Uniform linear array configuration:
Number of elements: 24
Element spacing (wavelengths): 0.25
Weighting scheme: blackman
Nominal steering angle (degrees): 15
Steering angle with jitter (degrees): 16.744
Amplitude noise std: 0.05
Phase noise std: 0.05

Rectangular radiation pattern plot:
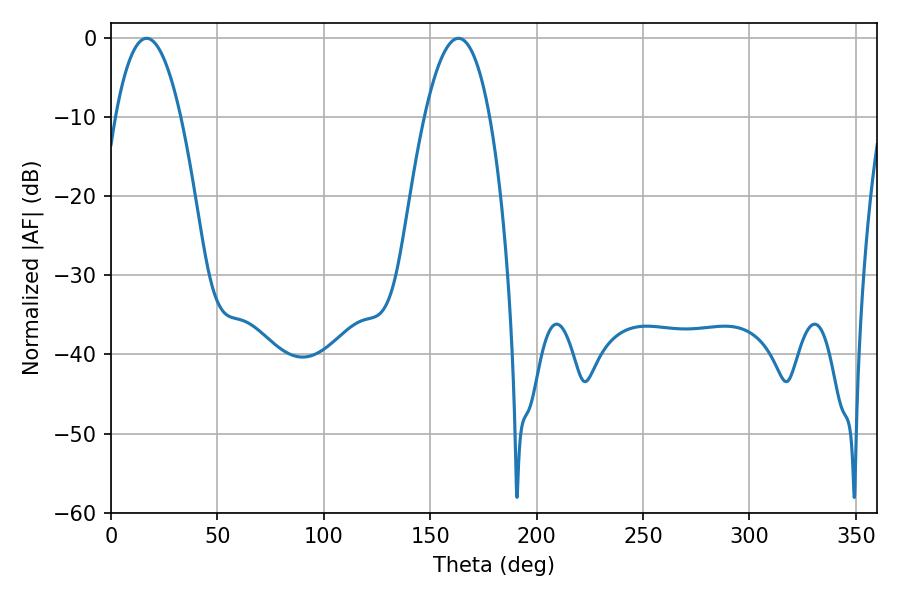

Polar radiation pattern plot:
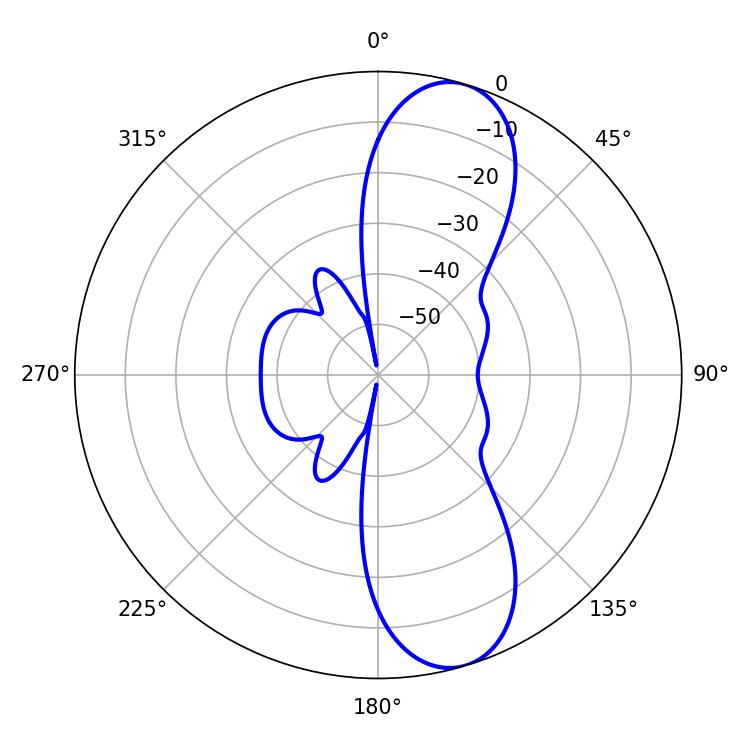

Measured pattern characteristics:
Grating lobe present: FALSE
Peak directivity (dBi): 10.331
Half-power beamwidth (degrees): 16.92
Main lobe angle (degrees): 16.74